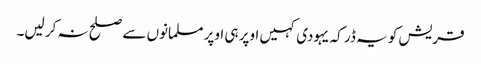
قریش کو یہ ڈر کہ یہودی کہیں اوپر ہی اوپر مسلمانوں سے صلح نہ کر لیں۔